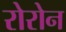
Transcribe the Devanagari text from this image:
रोरोन